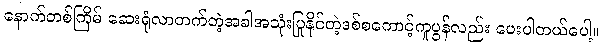
နောက်တစ်ကြိမ် ဆေးရုံလာတက်တဲ့အခါအသုံးပြုနိုင်တဲ့ဒစ်စကောင့်ကူပွန်လည်း ပေးပါတယ်ပေါ့။